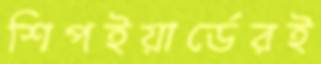
শিপইয়ার্ডেরই